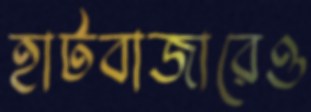
হাটবাজারেও